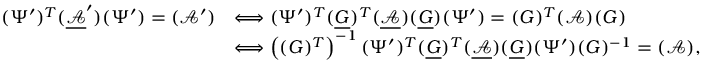
\begin{array} { r l } { ( \Psi ^ { \prime } ) ^ { T } ( \mathcal { \underline { A } } ^ { \prime } ) ( \Psi ^ { \prime } ) = ( \mathcal { A } ^ { \prime } ) } & { \Longleftrightarrow ( \Psi ^ { \prime } ) ^ { T } ( \underline { { G } } ) ^ { T } ( \underline { { \mathcal A } } ) ( \underline { G } ) ( \Psi ^ { \prime } ) = ( G ) ^ { T } ( \mathcal { A } ) ( G ) } \\ & { \Longleftrightarrow \left( ( G ) ^ { T } \right) ^ { - 1 } ( \Psi ^ { \prime } ) ^ { T } ( \underline { G } ) ^ { T } ( \underline { { \mathcal A } } ) ( \underline { G } ) ( \Psi ^ { \prime } ) ( G ) ^ { - 1 } = ( \mathcal A ) , } \end{array}